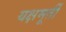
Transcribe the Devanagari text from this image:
यक्षमूर्ती